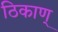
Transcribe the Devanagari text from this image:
ठिकाण्